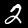
Label: 2